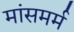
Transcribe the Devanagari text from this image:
मांसमर्म